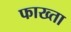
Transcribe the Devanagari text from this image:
फाख्‍ता